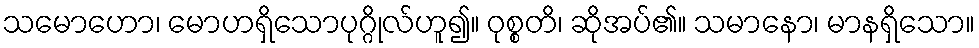
သမောဟော၊ မောဟရှိသောပုဂ္ဂိုလ်ဟူ၍။ ဝုစ္စတိ၊ ဆိုအပ်၏။ သမာနော၊ မာနရှိသော။